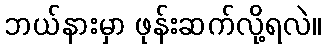
ဘယ်နားမှာ ဖုန်းဆက်လို့ရလဲ။